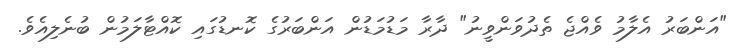
"އަންބަރު އެލާމު ވެއްޖެ ތެދުވަންވީނު" ދާރާ މަޑުމަޑުން އަންބަރުގެ ކޮނޑުގައި ކޮއްޓާލަމުން ބުނެލިއެވެ.